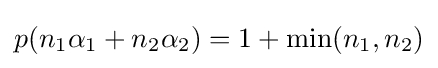
p(n_{1}\alpha _{1}+n_{2}\alpha _{2})=1+\mathrm {min} (n_{1},n_{2})